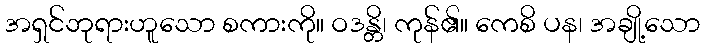
အရှင်ဘုရားဟူသော စကားကို။ ဝဒန္တိ၊ ကုန်၏။ ကေစိ ပန၊ အချို့သော